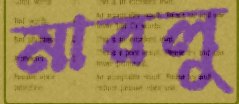
মারলু